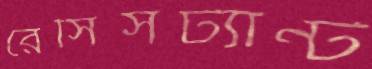
রেসিসট্যান্ট